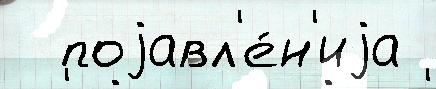
  поjавл'е́н'иjа